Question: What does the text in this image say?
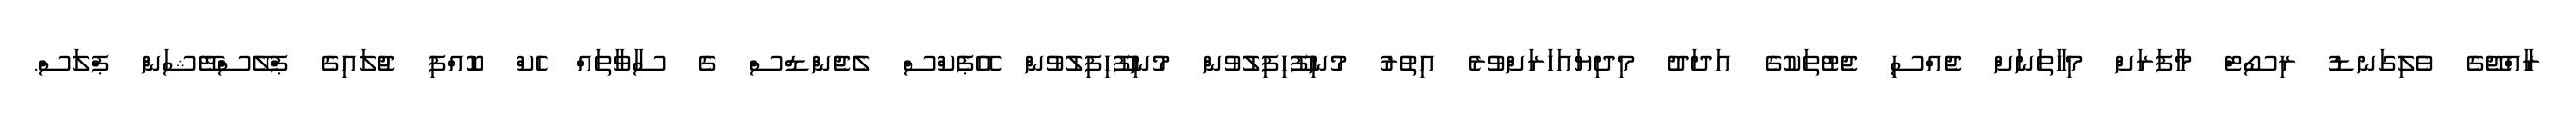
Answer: ރާއްޖޭގެ ވެލިގަނޑު ރިސޯޓް މާފަރަށް މިހާތަނަށް ޖެއްސި ޖެޓުތަކުގެ އަދަދު މިދިޔައަހަރަށްވުރެ އިތުރު މުނިފޫހިފިލުވުން މުނިފޫހިފިލުވުން އޭޕެކްސް ލެޖެންޑްސް ގެ ސާވާތައް ހެކް ކޮއްފި ޖުލައިގެ ޕްލޭސްްޓޭޝަން ޕްލަސް.